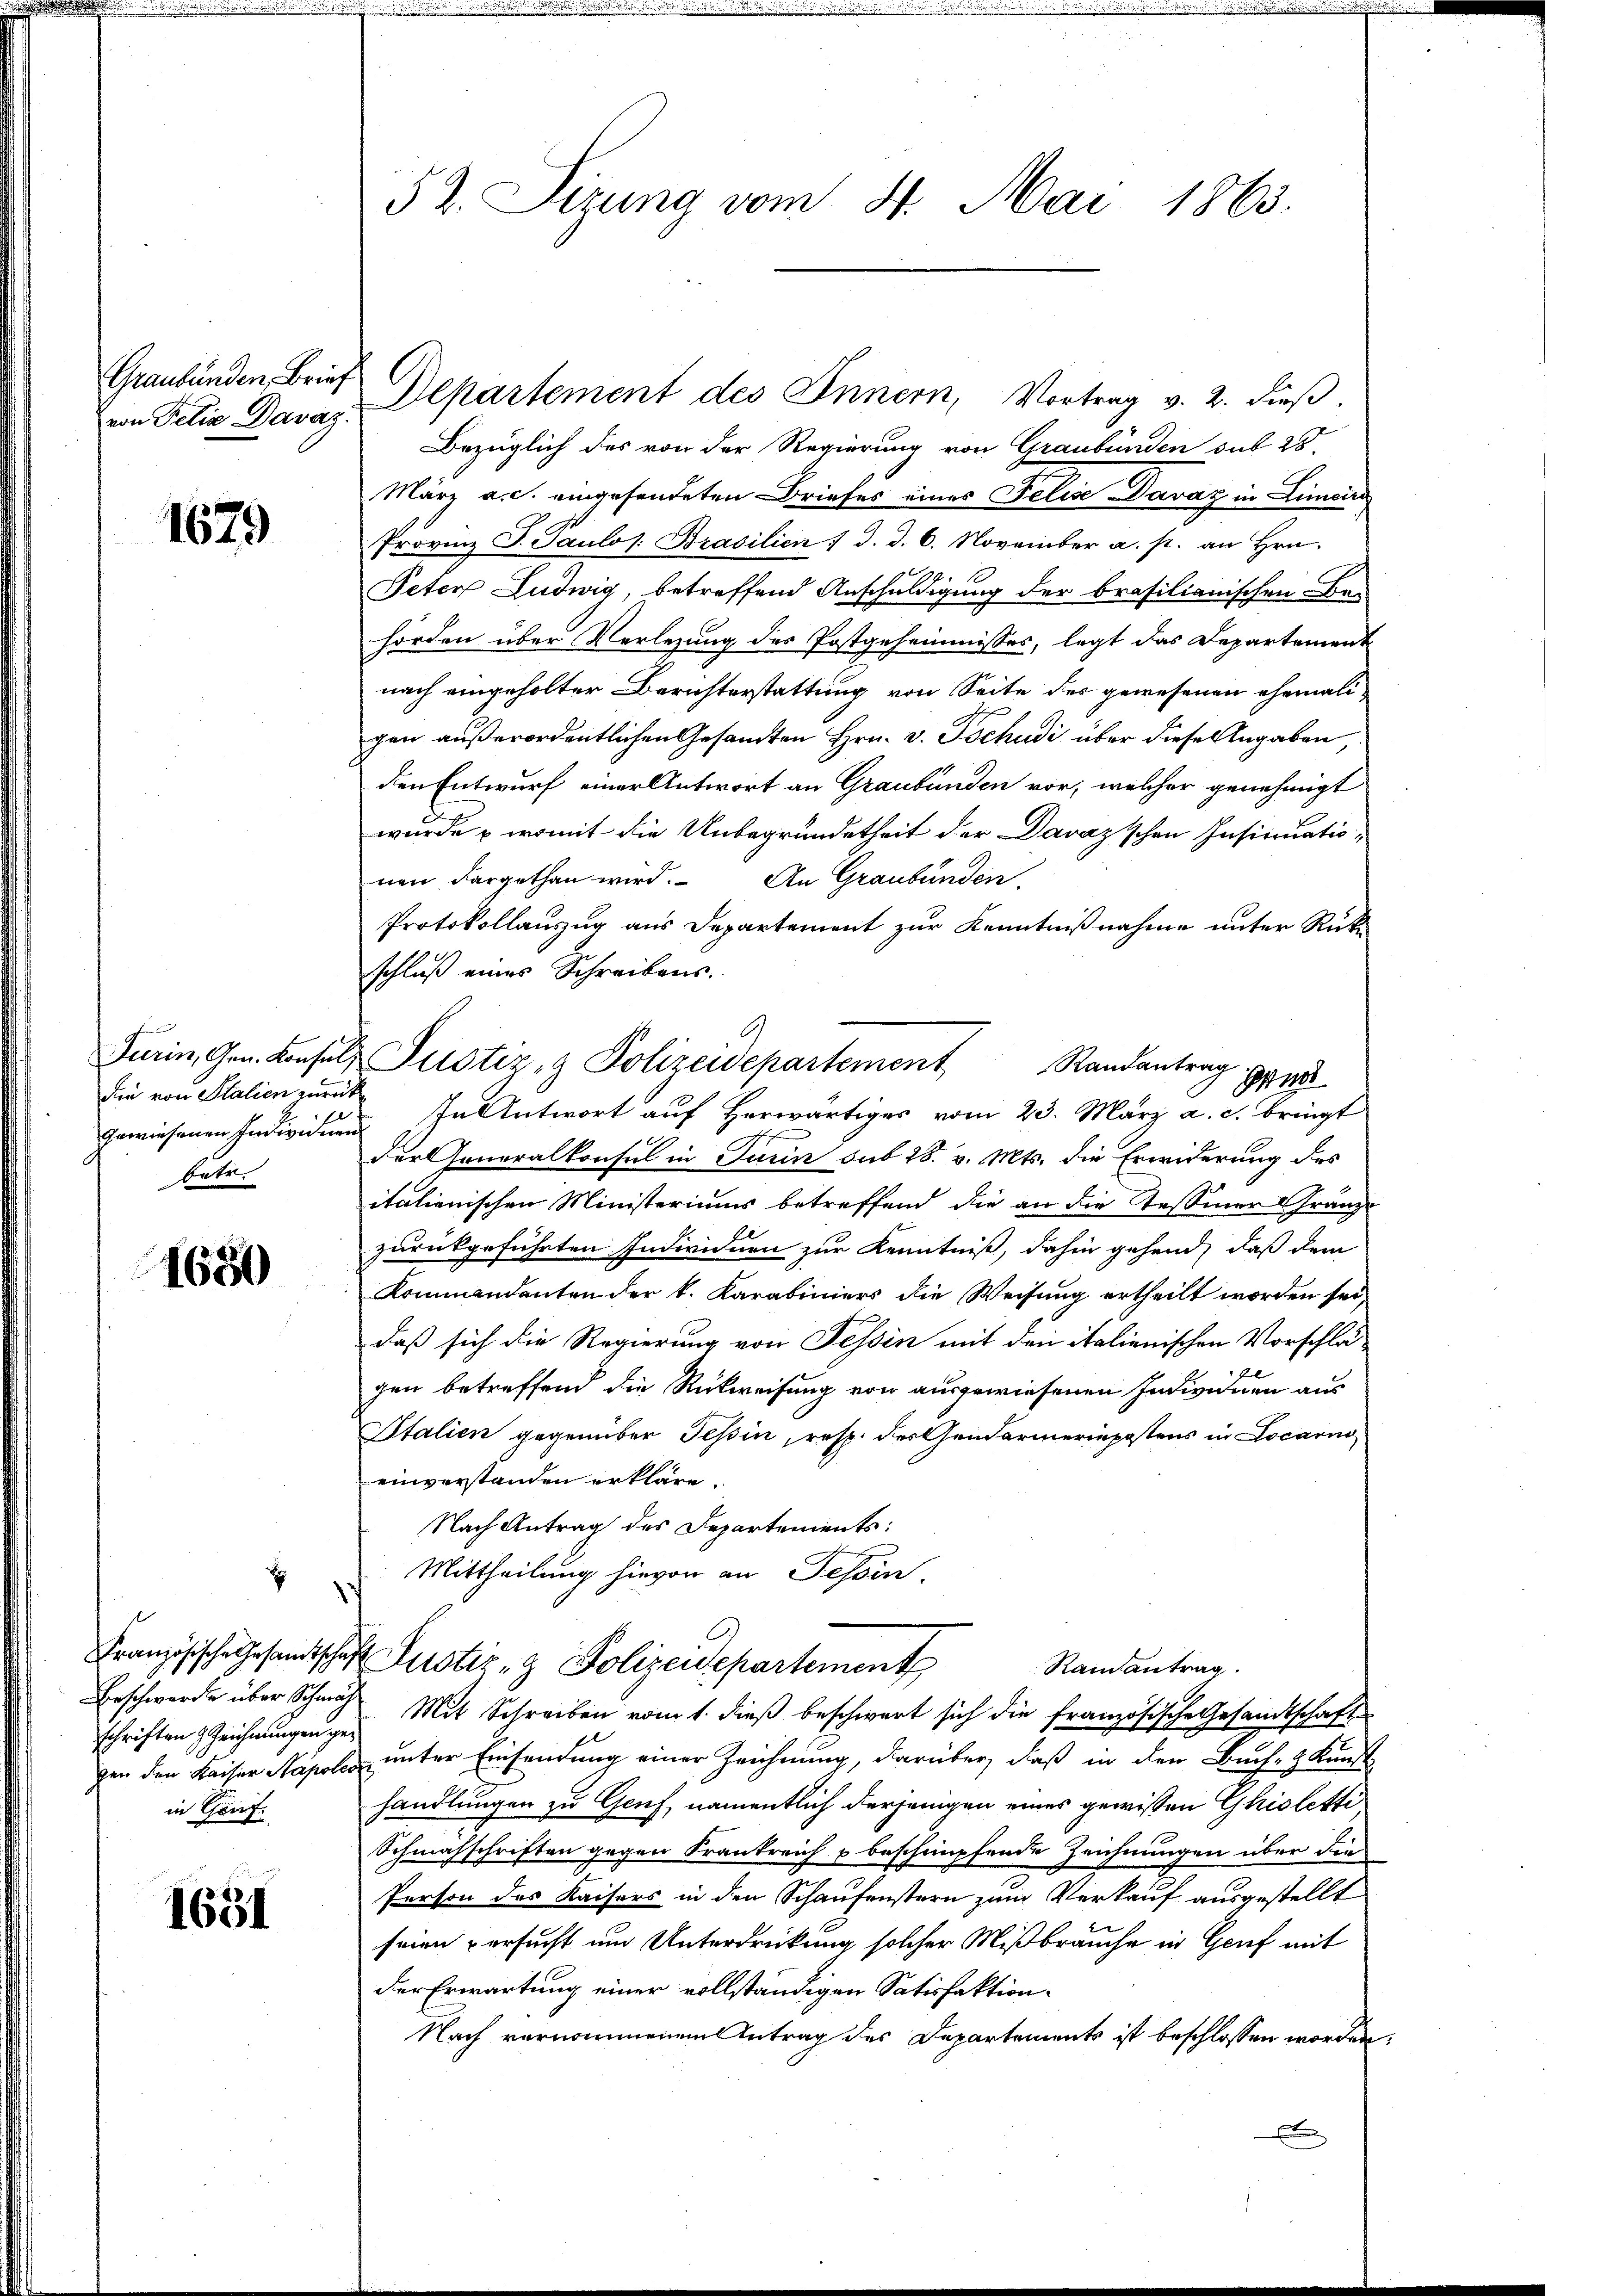
Graubünden Brief
von Felix Davaz

1679

die von Stalien zurück
gewiesenen Individue
betr.

1680

x

schriften Zeichnungen gein Genf.

1651

Bezüglich des von der Regierung von Graubünden sub 28.
März a.c. eingesendeten Briefes eines Felise Davaz in Limcire
Provinz T. Paulos. Brasilien :/ d. d. 6. November a. p. an Hrn.
Peter Ludwig, betreffend Anschuldigung der brasilianischen Be-
hörden über Verlegung des Postgeheimnisses, legt das Departement
nach eingeholter Berichterstattung von Seite des gewesenen ehemaligen außerordentlichen Gesandten Hrn. v. Tschudi über diese Angaben,
den Entwurf einer Antwort an Graubünden vor, welcher genehmigt
wurde u womit die Unbegründetheit der Davazischen Insinuatio-
nen dargethan wird. An Graubünden.
Protokollauszug aus Departement zur Kenntnißnahme unter Rückschluß eines Schreibens.
In Antwort auf herwärtiges vom 23. März a. c. bringt
der Generalkonsul in Turin sub 28. v. Mts. die Erwiderung des
italienischen Ministeriums betreffend die an die Tessiner Gränze
zurückgeführten Individuen zur Kenntniß, dahin gehend, daß dem
Kommandanten der k. Karabiniers die Weisung ertheilt worden sei,
daß sich die Regierung von Tessin mit den italienischen Vorschlä-
7
gen betreffend die Rückweisung von ausgewiesenen Indivinen aus
Italien gegenüber Tessin, resp. der Gendarmeriepostens in Locarno
einverstanden erkläre.
Nach Antrag des Departements:
Mittheilung hievon an Tessin.
Französische Gesandtschaft Zustiz- & Polizeidepartement
Rainantrag.
Erschwerde über Schmach Mit Schreiben vom 1. dieß beschwert sich die französische Gesandtschaft
gen den Kaiser Napoles unter Einsendung einer Zeichnung, darüber, daß in den Buch- & Kunst
handlungen zu Gruf, namentlich derjenigen eines gewissen Ghiolette
Schmahschriften gegen Krankreich u beschimpfende Zeichnungen über die
Person des Kaisers in den Schaufenstern zum Verkauf ausgestellt
seien versucht und Unterdrückung solcher Mißbrauche in Genf mit
der Erwartung einer vollständigen Satisfaktion.
Nach vernommenen Antrag des Departements ist beschlossen worden
x

52. Sizung vom 8. Mai 1863.

Departement des Innern, Vortrag v. 2. dieß.

9
Turin, Gen. Konsuls Justiz- & Polizeidepartement
Randantrag.
Grund